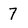
Character: 7